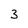
Character: 3